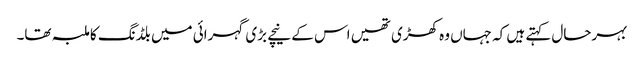
بہرحال کہتے ہیں کہ جہاں وہ کھڑی تھیں اس کے نیچے بڑی گہرائی میں بلڈنگ کا ملبہ تھا۔